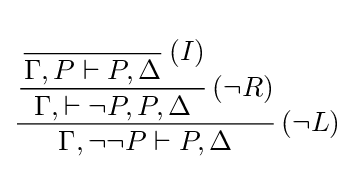
{\cfrac {{\cfrac {{\cfrac {\ }{\Gamma ,P\vdash P,\Delta }}\;(I)}{\Gamma ,\vdash \lnot P,P,\Delta }}\;({\lnot }R)}{\Gamma ,\lnot \lnot P\vdash P,\Delta }}\;({\lnot }L)